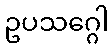
ဥပသဂ္ဂေါ